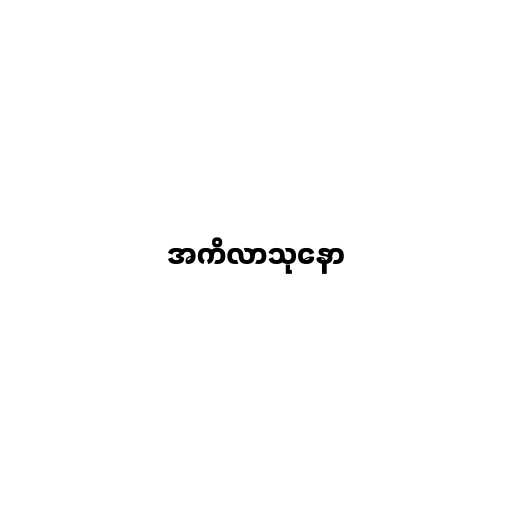
အကိလာသုနော